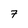
Character: 7